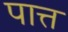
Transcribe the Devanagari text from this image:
पात्त